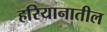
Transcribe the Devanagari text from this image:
हरियानातील